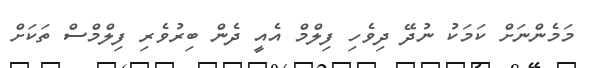
މަމެންނަށް ކަމަކު ނުދޭ ދިވެހި ފިލްމް އެއީ ދެން ބިރުވެރި ފިލްމްސް ތަކަށް